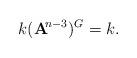
LaTeX: \begin{align*} k({\mathbf A}\!^{n-3})^G=k. \end{align*}